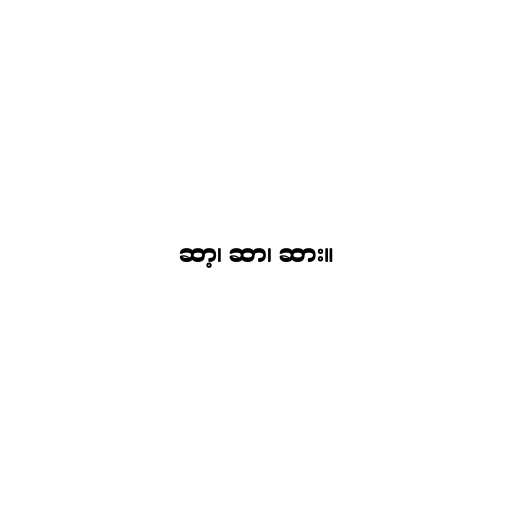
ဆာ့၊ ဆာ၊ ဆား။